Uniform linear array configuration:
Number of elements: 48
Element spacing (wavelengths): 0.75
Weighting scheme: kaiser
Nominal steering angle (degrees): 15
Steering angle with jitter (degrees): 15.699
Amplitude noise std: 0.05
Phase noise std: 0.05

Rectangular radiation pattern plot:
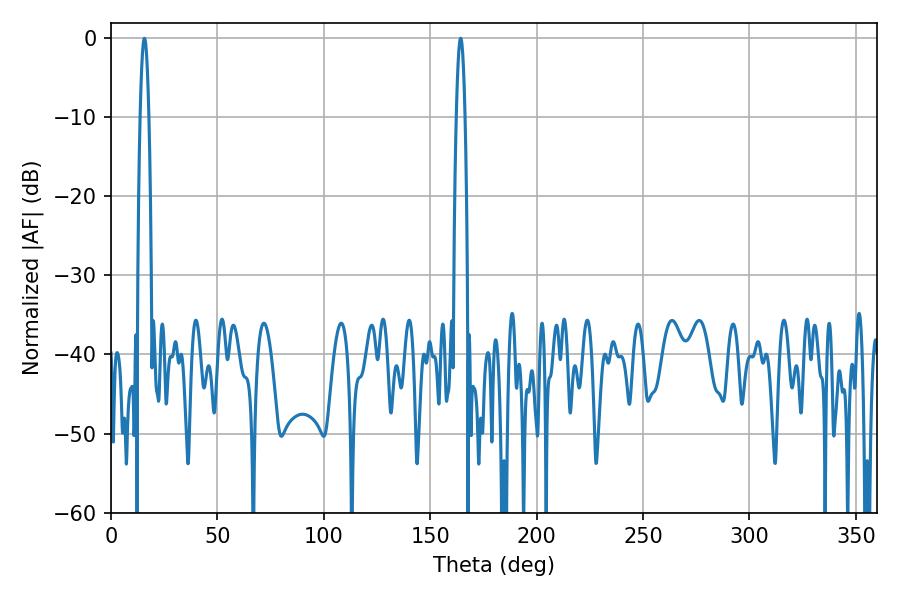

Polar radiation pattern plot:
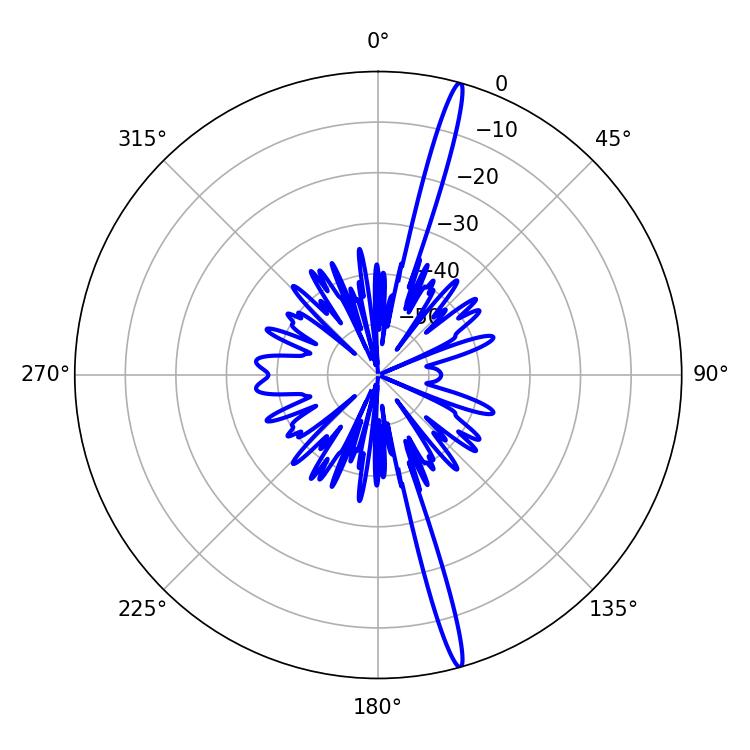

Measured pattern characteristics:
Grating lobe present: TRUE
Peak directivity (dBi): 19.338
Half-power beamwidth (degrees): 2.16
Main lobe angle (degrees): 15.66